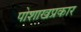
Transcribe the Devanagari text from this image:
पोशाखप्रकार